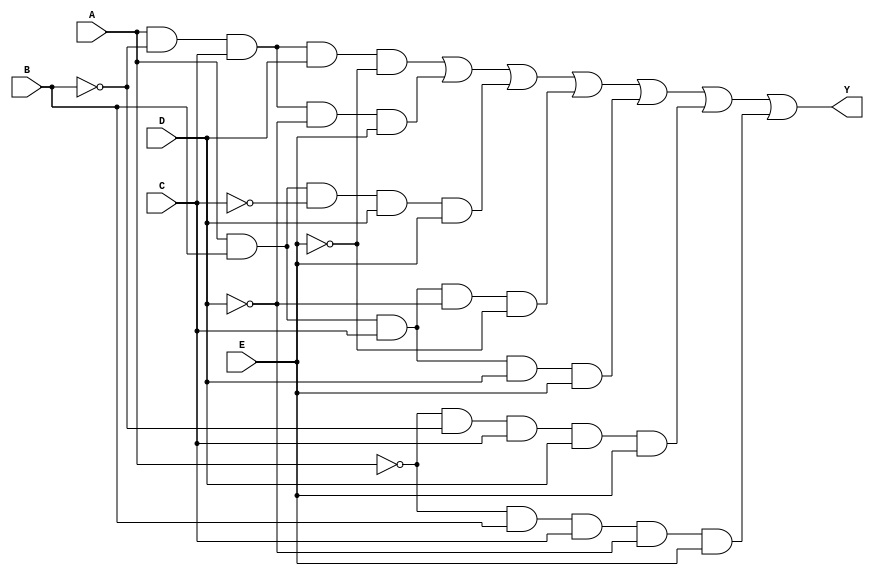
module five_variable_kmap (
    input wire A,  // Input variable A
    input wire B,  // Input variable B
    input wire C,  // Input variable C
    input wire D,  // Input variable D
    input wire E,  // Input variable E
    output wire Y  // Output signal
);

// K-map simplified expression (example expression, replace with your own)
assign Y = (A & ~B & C & D & ~E) | // Minterm 8
           (A & ~B & C & ~D & E) | // Minterm 10
           (A & B & ~C & D & E) | // Minterm 30
           (A & B & C & ~D & ~E) | // Minterm 28
           (A & B & C & D & E) | // Minterm 31
           (~A & ~B & C & D & E) | // Minterm 14
           (~A & B & C & ~D & E); // Minterm 22

endmodule